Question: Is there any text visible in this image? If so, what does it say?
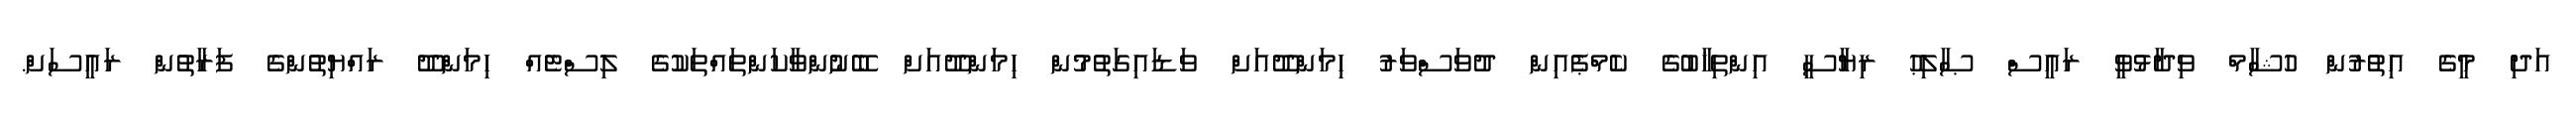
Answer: އަދި މީގެ އިތުރުން ހުޝާމް ވިދާޅުވީ ރައީސް ޞާލިޙު ރިޔާސީ އިންތިޚާބުގެ ކެމްޕެއިން ދުވަސްވަރު ހިމަންދޫއަށް ވަޑައިގަތުމުން ހިމަންދޫއަށް ބޭނުންވާކަންތައްތަކުގެ ލިސްޓެއް ހިމަންދޫ ރައްޔިތުންގެ ފަރާތުން ރައީސަށް.